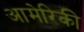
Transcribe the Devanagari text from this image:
आमेरिकी